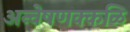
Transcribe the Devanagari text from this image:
अन्वेषणक्कळि